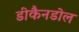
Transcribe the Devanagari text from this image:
डीकैनडोल